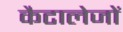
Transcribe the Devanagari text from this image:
कैटालेजों